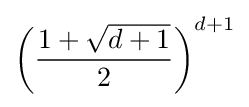
\left({\frac {1+{\sqrt {d+1}}}{2}}\right)^{d+1}